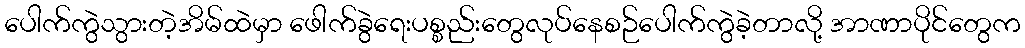
ပေါက်ကွဲသွားတဲ့အိမ်ထဲမှာ ဖေါက်ခွဲရေးပစ္စည်းတွေလုပ်နေစဉ်ပေါက်ကွဲခဲ့တာလို့ အာဏာပိုင်တွေက